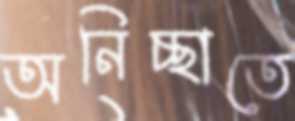
অনিচ্ছাতে